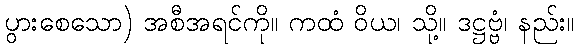
ပွားစေသော) အစီအရင်ကို။ ကထံ ဝိယ၊ သို့။ ဒဋ္ဌဗ္ဗံ၊ နည်း။